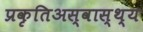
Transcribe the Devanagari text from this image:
प्रकृतिअस्वास्थ्य